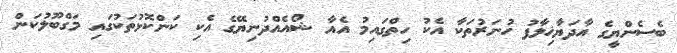
ބެސެންޔީގެ އާދަޔާޚިލާފު ހުނަރުތަކާ އެކު ހިތްގައިމު އެއާ ޝޯއެއްދުނިޔޭގެ އެކި ކަންކޮޅުތަކުގައި މަގްބޫލުކަން